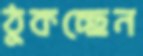
ঠুকচ্ছেন